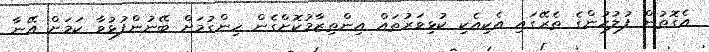
އެގޮތުން ފުލުހުންގެ ތެރޭގައި އެކިއެކި ކުޅިވަރުތައް އިންތިޒާމުކޮށްގެން ހިންގުމަށް ބޭނުންފުޅުވާ ކަމަށް އޭނާ